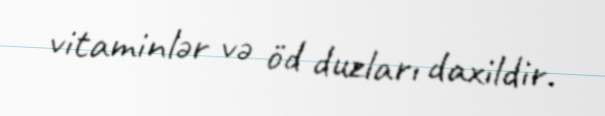
vitaminlər və öd duzları daxildir.